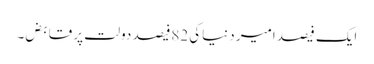
ایک فیصد امیر دنیاکی 82فیصد دولت پر قابض۔